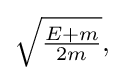
{\textstyle {\sqrt {\frac {E+m}{2m}}},}